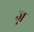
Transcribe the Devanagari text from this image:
ज्न